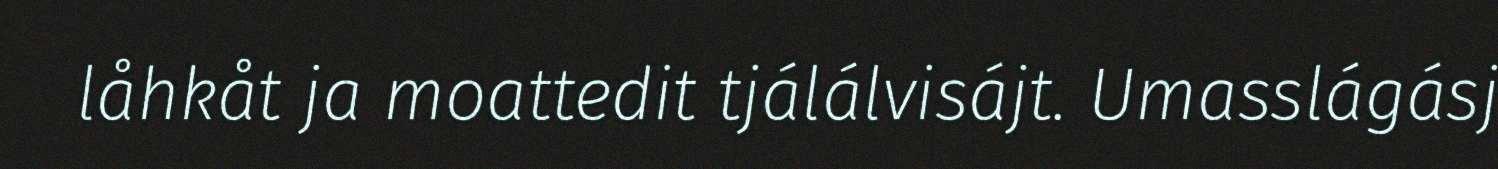
låhkåt ja moattedit tjálálvisájt. Umasslágásj